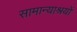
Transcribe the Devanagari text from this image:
सामान्याश्रयों